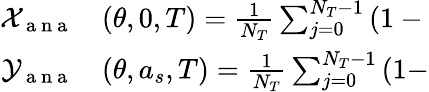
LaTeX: \begin{array}{rl}{\mathcal{X}_{\mathrm{~a~n~a~}}}&{{}(\theta,0,T)=\frac{1}{N_{T}}\sum_{j=0}^{N_{T}-1}\left(1-\Biggl.\right.}\\ {\mathcal{Y}_{\mathrm{~a~n~a~}}}&{{}(\theta,a_{s},T)=\frac{1}{N_{T}}\sum_{j=0}^{N_{T}-1}\left(1-\Biggr.\right.}\end{array}